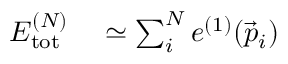
\begin{array} { r l } { E _ { \mathrm { t o t } } ^ { ( N ) } } & { { } \simeq \sum _ { i } ^ { N } e ^ { ( 1 ) } ( \vec { p } _ { i } ) } \end{array}